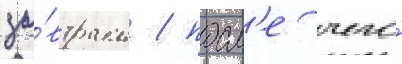
за́втрака / посл'е чего́